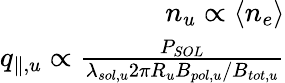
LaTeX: \begin{array}{r}{n_{u}\propto\langle n_{e}\rangle}\\ {q_{\parallel,u}\propto\frac{P_{SOL}}{\lambda_{sol,u}2\pi R_{u}B_{pol,u}/B_{tot,u}}}\end{array}